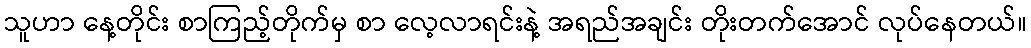
သူဟာ နေ့တိုင်း စာကြည့်တိုက်မှ စာ လေ့လာရင်းနဲ့ အရည်အချင်း တိုးတက်အောင် လုပ်နေတယ်။